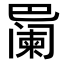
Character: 𪩱